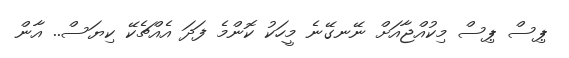
ޕިސް ޕިސް މިކުއްޖާއަށް ނޭނގޭނެ މީހަކު ކޮންމެ ފަދަ އެއްޗެކޭ ކިޔަސް.. އާން